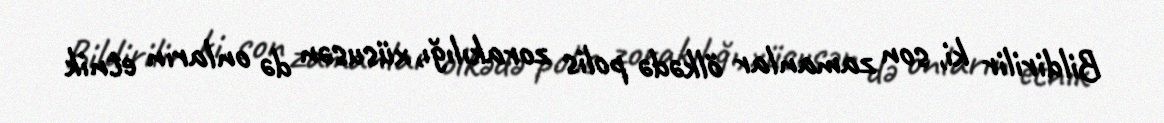
Bildirilir ki, son zamanlar ölkədə polis zorakılığı, xüsusən də onların etnik